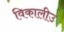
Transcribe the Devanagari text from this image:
विकालीउ